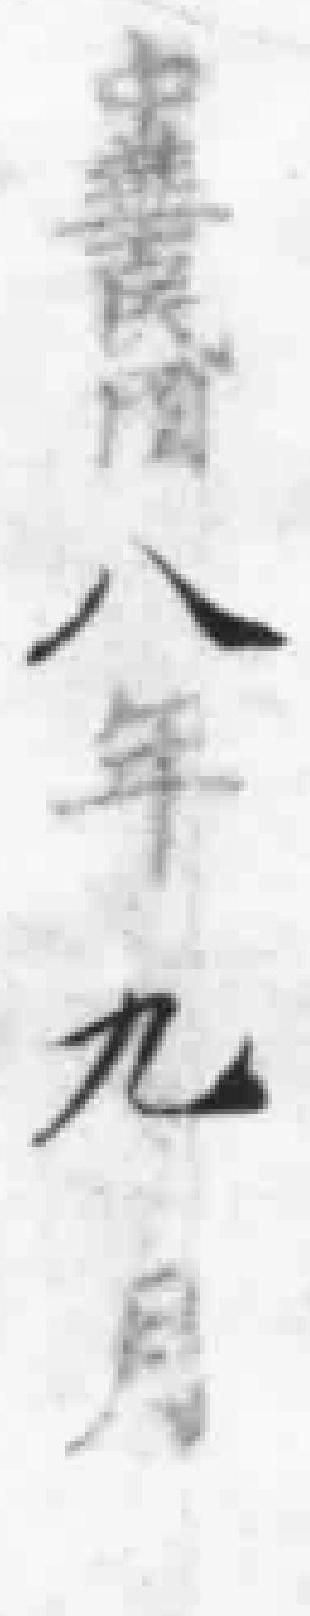
中華民國八年九月